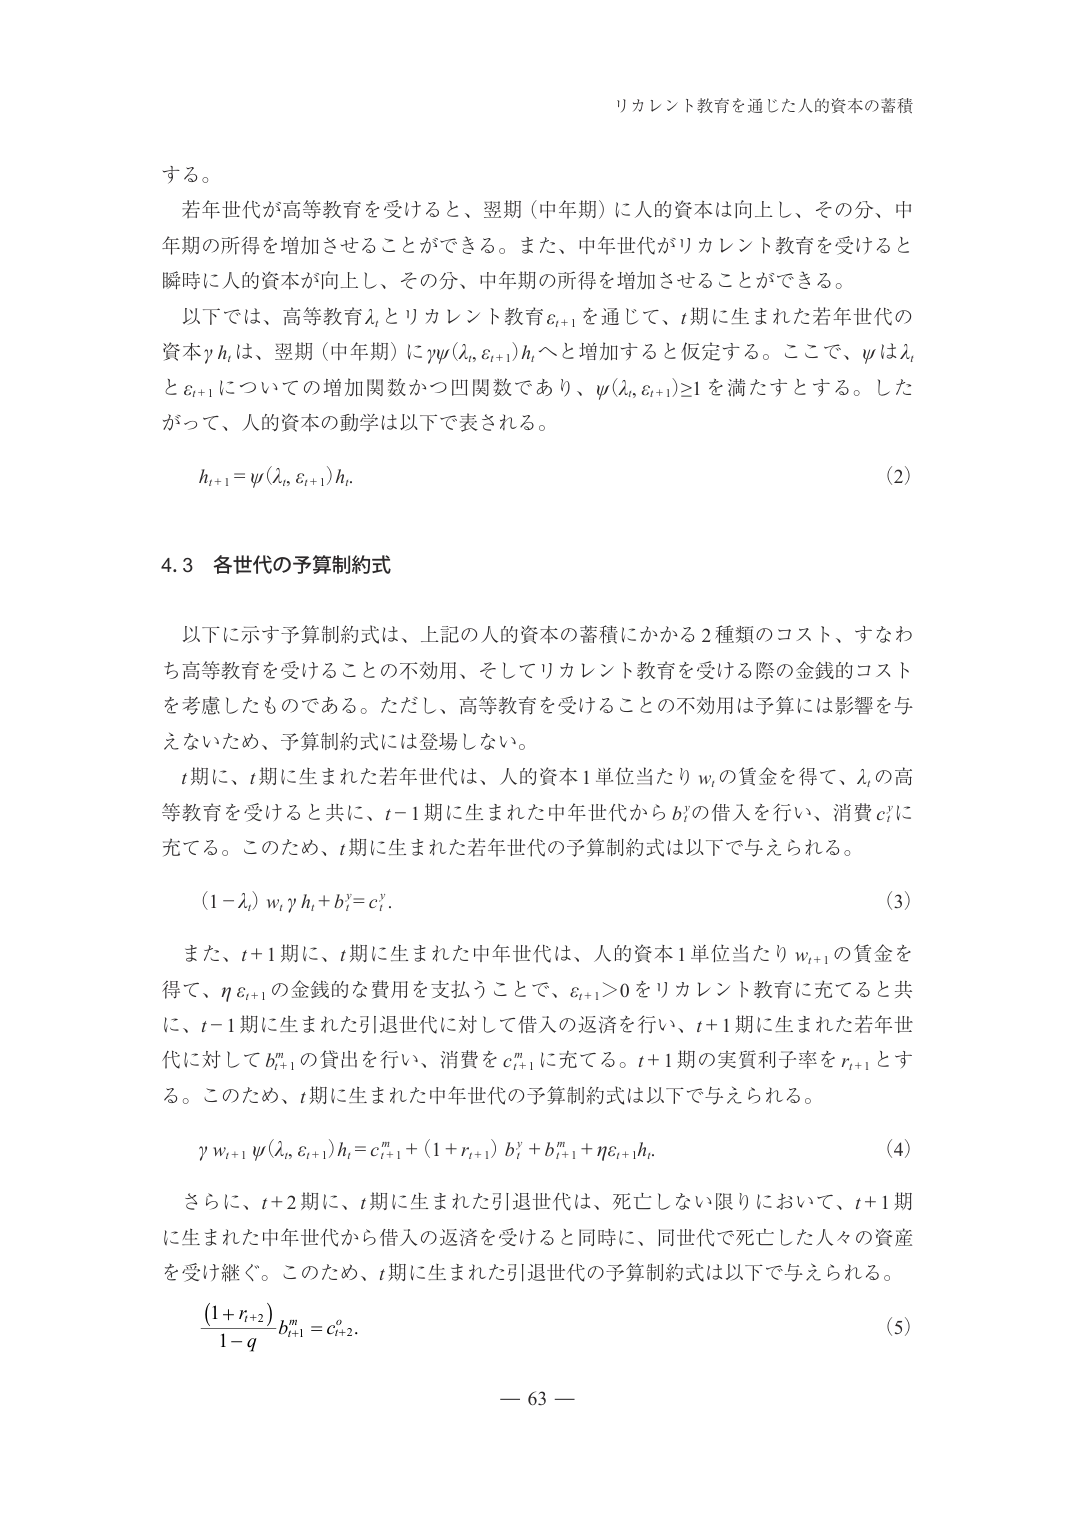
リカレント教育を通じた人的資本の蓄積

する。
若年世代が高等教育を受けると、翌期（中年期）に人的資本は向上し、その分、中年期の所得を増加させることができる。また、中年世代がリカレント教育を受けると瞬時に人的資本が向上し、その分、中年期の所得を増加させることができる。
以下では、高等教育λ_tとリカレント教育ε_{t+1}を通じて、t期に生まれた若年世代の資本γh_tは、翌期（中年期）にγψ(λ_t, ε_{t+1})h_tへと増加すると仮定する。ここで、ψはλ_tとε_{t+1}についての増加関数かつ凹関数であり、ψ(λ_t, ε_{t+1})≥1を満たすとする。したがって、人的資本の動学は以下で表される。

h_{t+1} = ψ(λ_t, ε_{t+1}) h_t.  (2)

4.3 各世代の予算制約式

以下に示す予算制約式は、上記的人的資本の蓄積にかかる2種類のコスト、すなわち高等教育を受けることの不効用、そしてリカレント教育を受ける際の金銭的コストを考慮したものである。ただし、高等教育を受けることの不効用は予算には影響を与えないため、予算制約式には登場しない。
t期に、t期に生まれた若年世代は、人的資本1単位当たりw_tの賃金を得て、λ_tの高等教育を受けると共に、t−1期に生まれた中年世代からb_t^yの借入を行い、消費c_t^yに充てる。このため、t期に生まれた若年世代の予算制約式は以下で与えられる。

(1−λ_t) w_t γ h_t + b_t^y = c_t^y.  (3)

また、t+1期に、t期に生まれた中年世代は、人的資本1単位当たりw_{t+1}の賃金を得て、η ε_{t+1}の金銭的な費用を支払うことで、ε_{t+1}>0をリカレント教育に充てると共に、t−1期に生まれた引退世代に対して借入の返済を行い、t+1期に生まれた若年世代に対してb_{t+1}^mの貸出を行い、消費をc_{t+1}^mに充てる。t+1期の実質利子率をr_{t+1}とする。このため、t期に生まれた中年世代の予算制約式は以下で与えられる。

γ w_{t+1} ψ(λ_t, ε_{t+1}) h_t = c_{t+1}^m + (1 + r_{t+1}) b_t^y + b_{t+1}^m + η ε_{t+1} h_t.  (4)

さらに、t+2期に、t期に生まれた引退世代は、死亡しない限りにおいて、t+1期に生まれた中年世代から借入の返済を受けると同時に、同世代で死亡した人々の資産を受け継ぐ。このため、t期に生まれた引退世代の予算制約式は以下で与えられる。

(1 + r_{t+2}) / (1 − q) b_{t+1}^m = c_{t+2}^o.  (5)

— 63 —